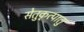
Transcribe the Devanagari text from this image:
सेतुकृत्पातु